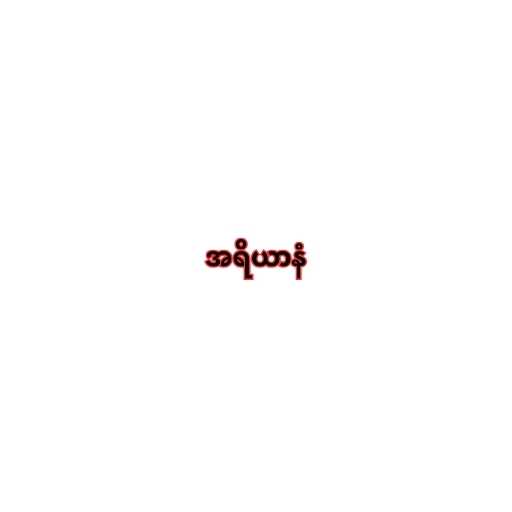
အရိယာနံ